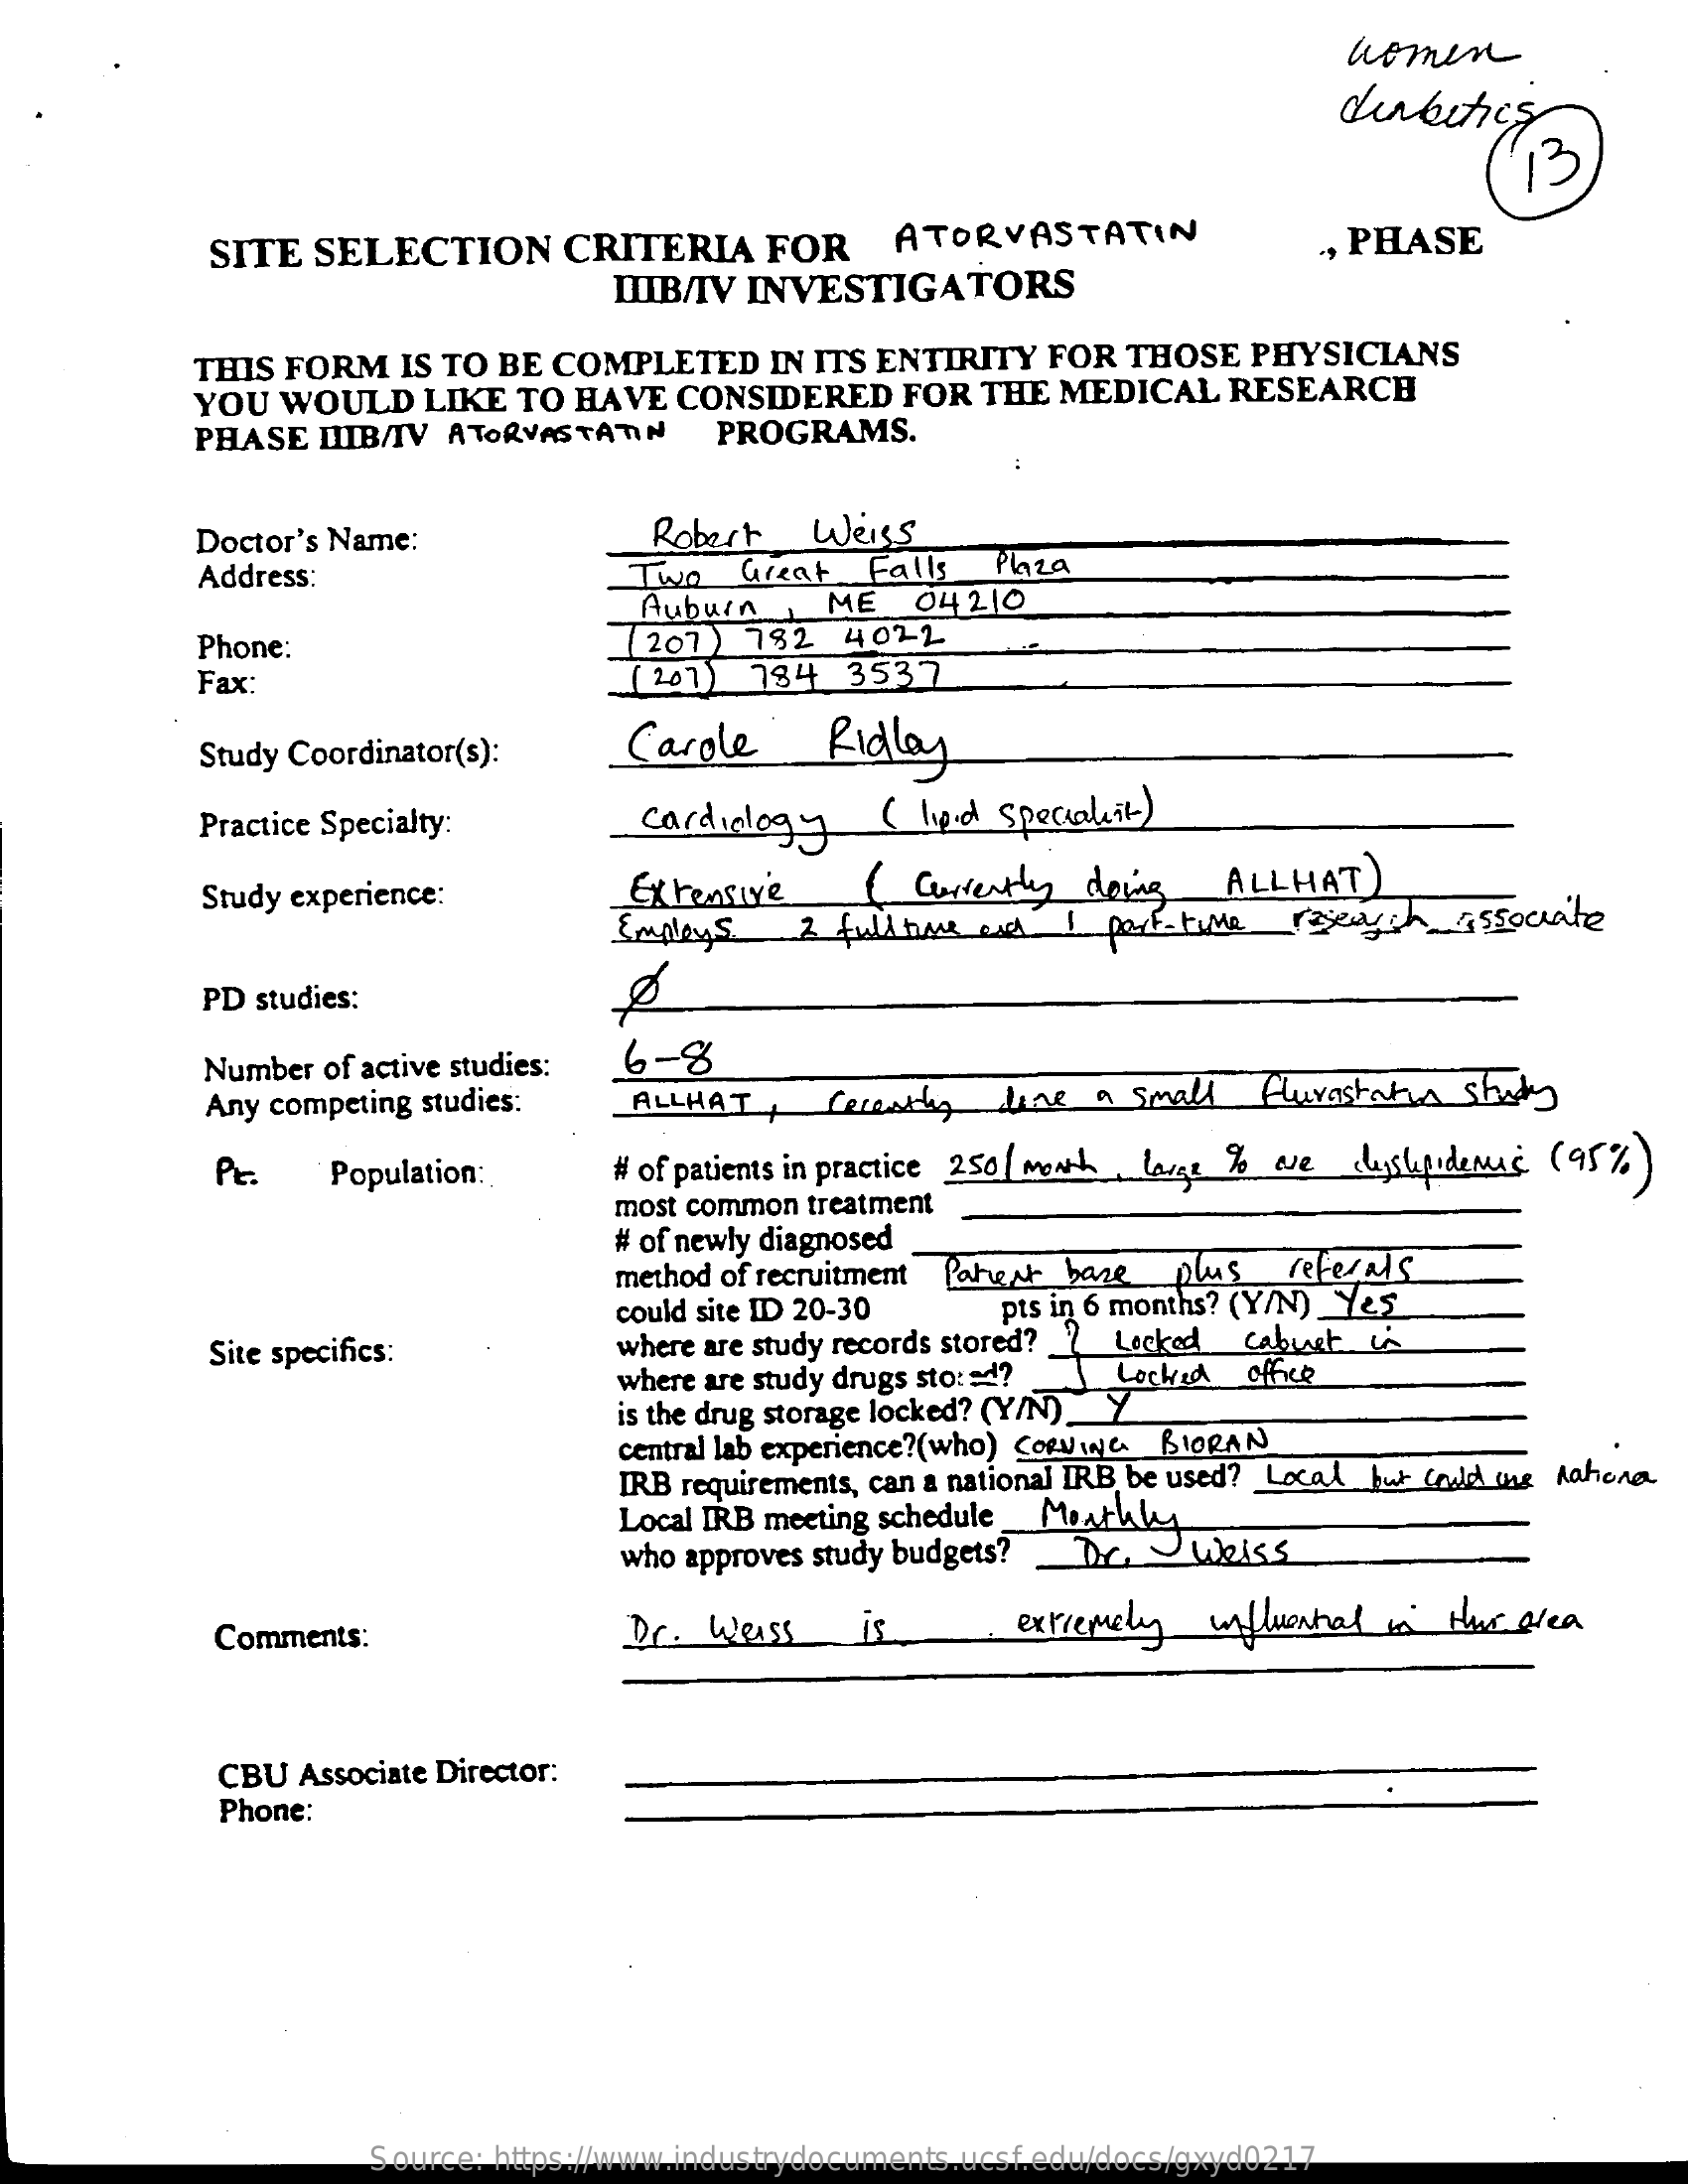
women
     diabetics
     13
     SITE SELECTION   CRITERIA  FOR   ATORVASTATIN
     IIIB/IV INVESTIGATORS
     ., PHASE
     THIS FORM IS TO BE COMPLETED IN ITS ENTIRITY FOR THOSE PHYSICIANS
     YOU WOULD  LIKE TO HAVE CONSIDERED FOR THE MEDICAL RESEARCH
     PHASE LIB/IV ATORVASTATIN PROGRAMS.
     Doctor's Name:    Robert  Weiss
     Address:    Two  Great  Falls Plaza
     Auburn,  ME  04210
     Phone:    1 207 ) 782 4022
     Fax:    ( 201) 784 3537
     Study Coordinator(s): Carole  Ridley
     Practice Specialty:   cardiology ( l.p.d Specialeit )
     Study experience:    Extensive   ( currently doing ALLHAT )
     Employs  2 full time and I part-time research associate
     PD studies:
     Number of active studies: 6-8
     Any competing studies: ALLHAT, Cereadby line a small fluvastatin staty
     Pc.   Population:  # of patients in practice 250 / Month lavet % wve chastupidemas (95%)
     most common treatment
     # of newly diagnosed
     method of recruitment Pahest baze plus referais
     could site ID 20-30 pts in 6 months? (Y/N)_Yes
     Site specifics:    where are study records stored? 7 Locked cabuset
     where are study drugs sto: = d? _ Loch office
     is the drug storage locked? (Y/N)_Y
     central lab experience?(who) CORVIN& BIORAN
     IRB requirements, can a national IRB be used? _ Local but Could use Aahore
     Local IRB meeting schedule _Monthly
     who approves study budgets? _ D, Wkiss
     Comments:    Dr. Weiss  is    extremely influential is Hus area
     CBU Associate Director:
     Phone:
     Source: https://www.industrydocuments.ucsf.edu/docs/gxyd0217